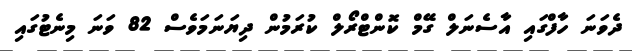
ދެވަނަ ހާފްގައި އާސެނަލް ގޭމް ކޮންޓްރޯލް ކުރަމުން ދިޔަނަމަވެސް 82 ވަނަ މިނެޓުގައި